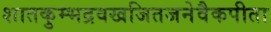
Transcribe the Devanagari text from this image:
शातकुम्भद्रवखजितजनेवैकपीता